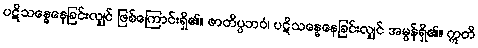
ပဋိသန္ဓေနေခြင်းလျှင် ဖြစ်ကြောင်းရှိ၏။ ဇာတိပ္ပဘဝံ၊ ပဋိသန္ဓေနေခြင်းလျှင် အမွန်ရှိ၏။ ဣတိ